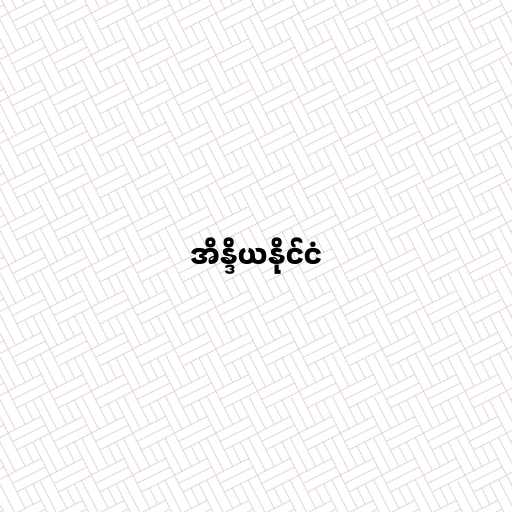
အိန္ဒိယနိုင်ငံ